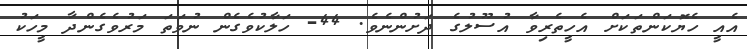
އެއީ ހެޔޮކަންތަކަށް އެހީތެރިވާ އުސޫލުގެ ދަށުންނެވެ. 44- ހަލާކުވެގެން ނުވަތަ މަރުވެގެންދާ މީހަކު